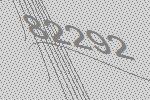
82292